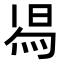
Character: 𭴷